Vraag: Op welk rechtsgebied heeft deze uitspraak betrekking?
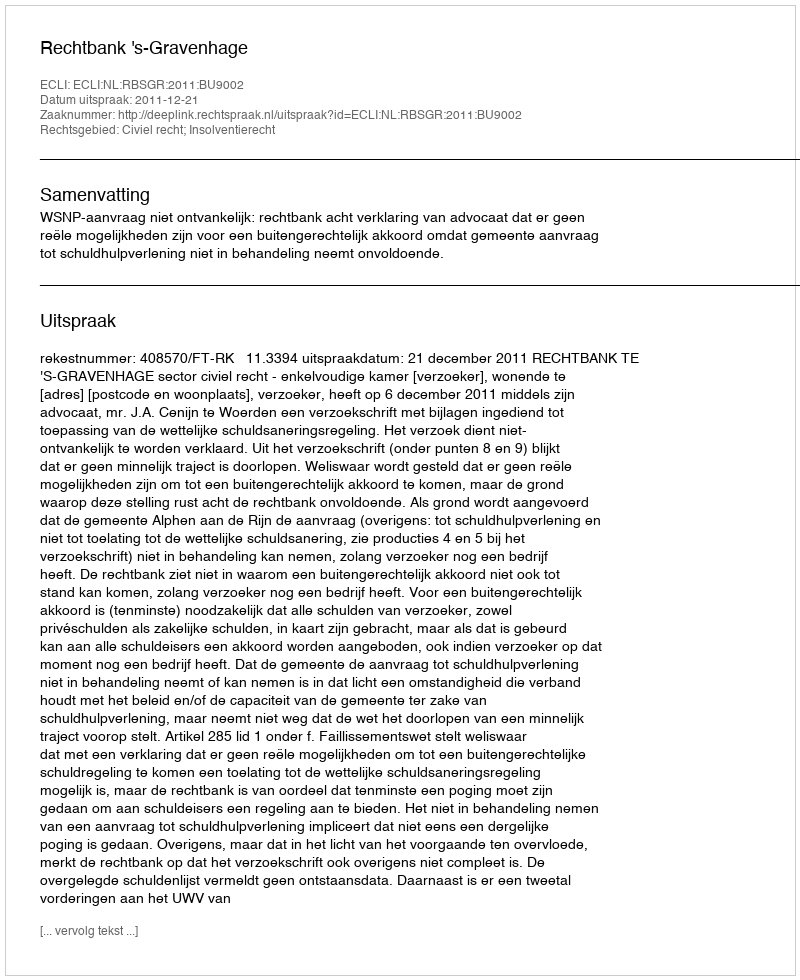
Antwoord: Civiel recht; Insolventierecht